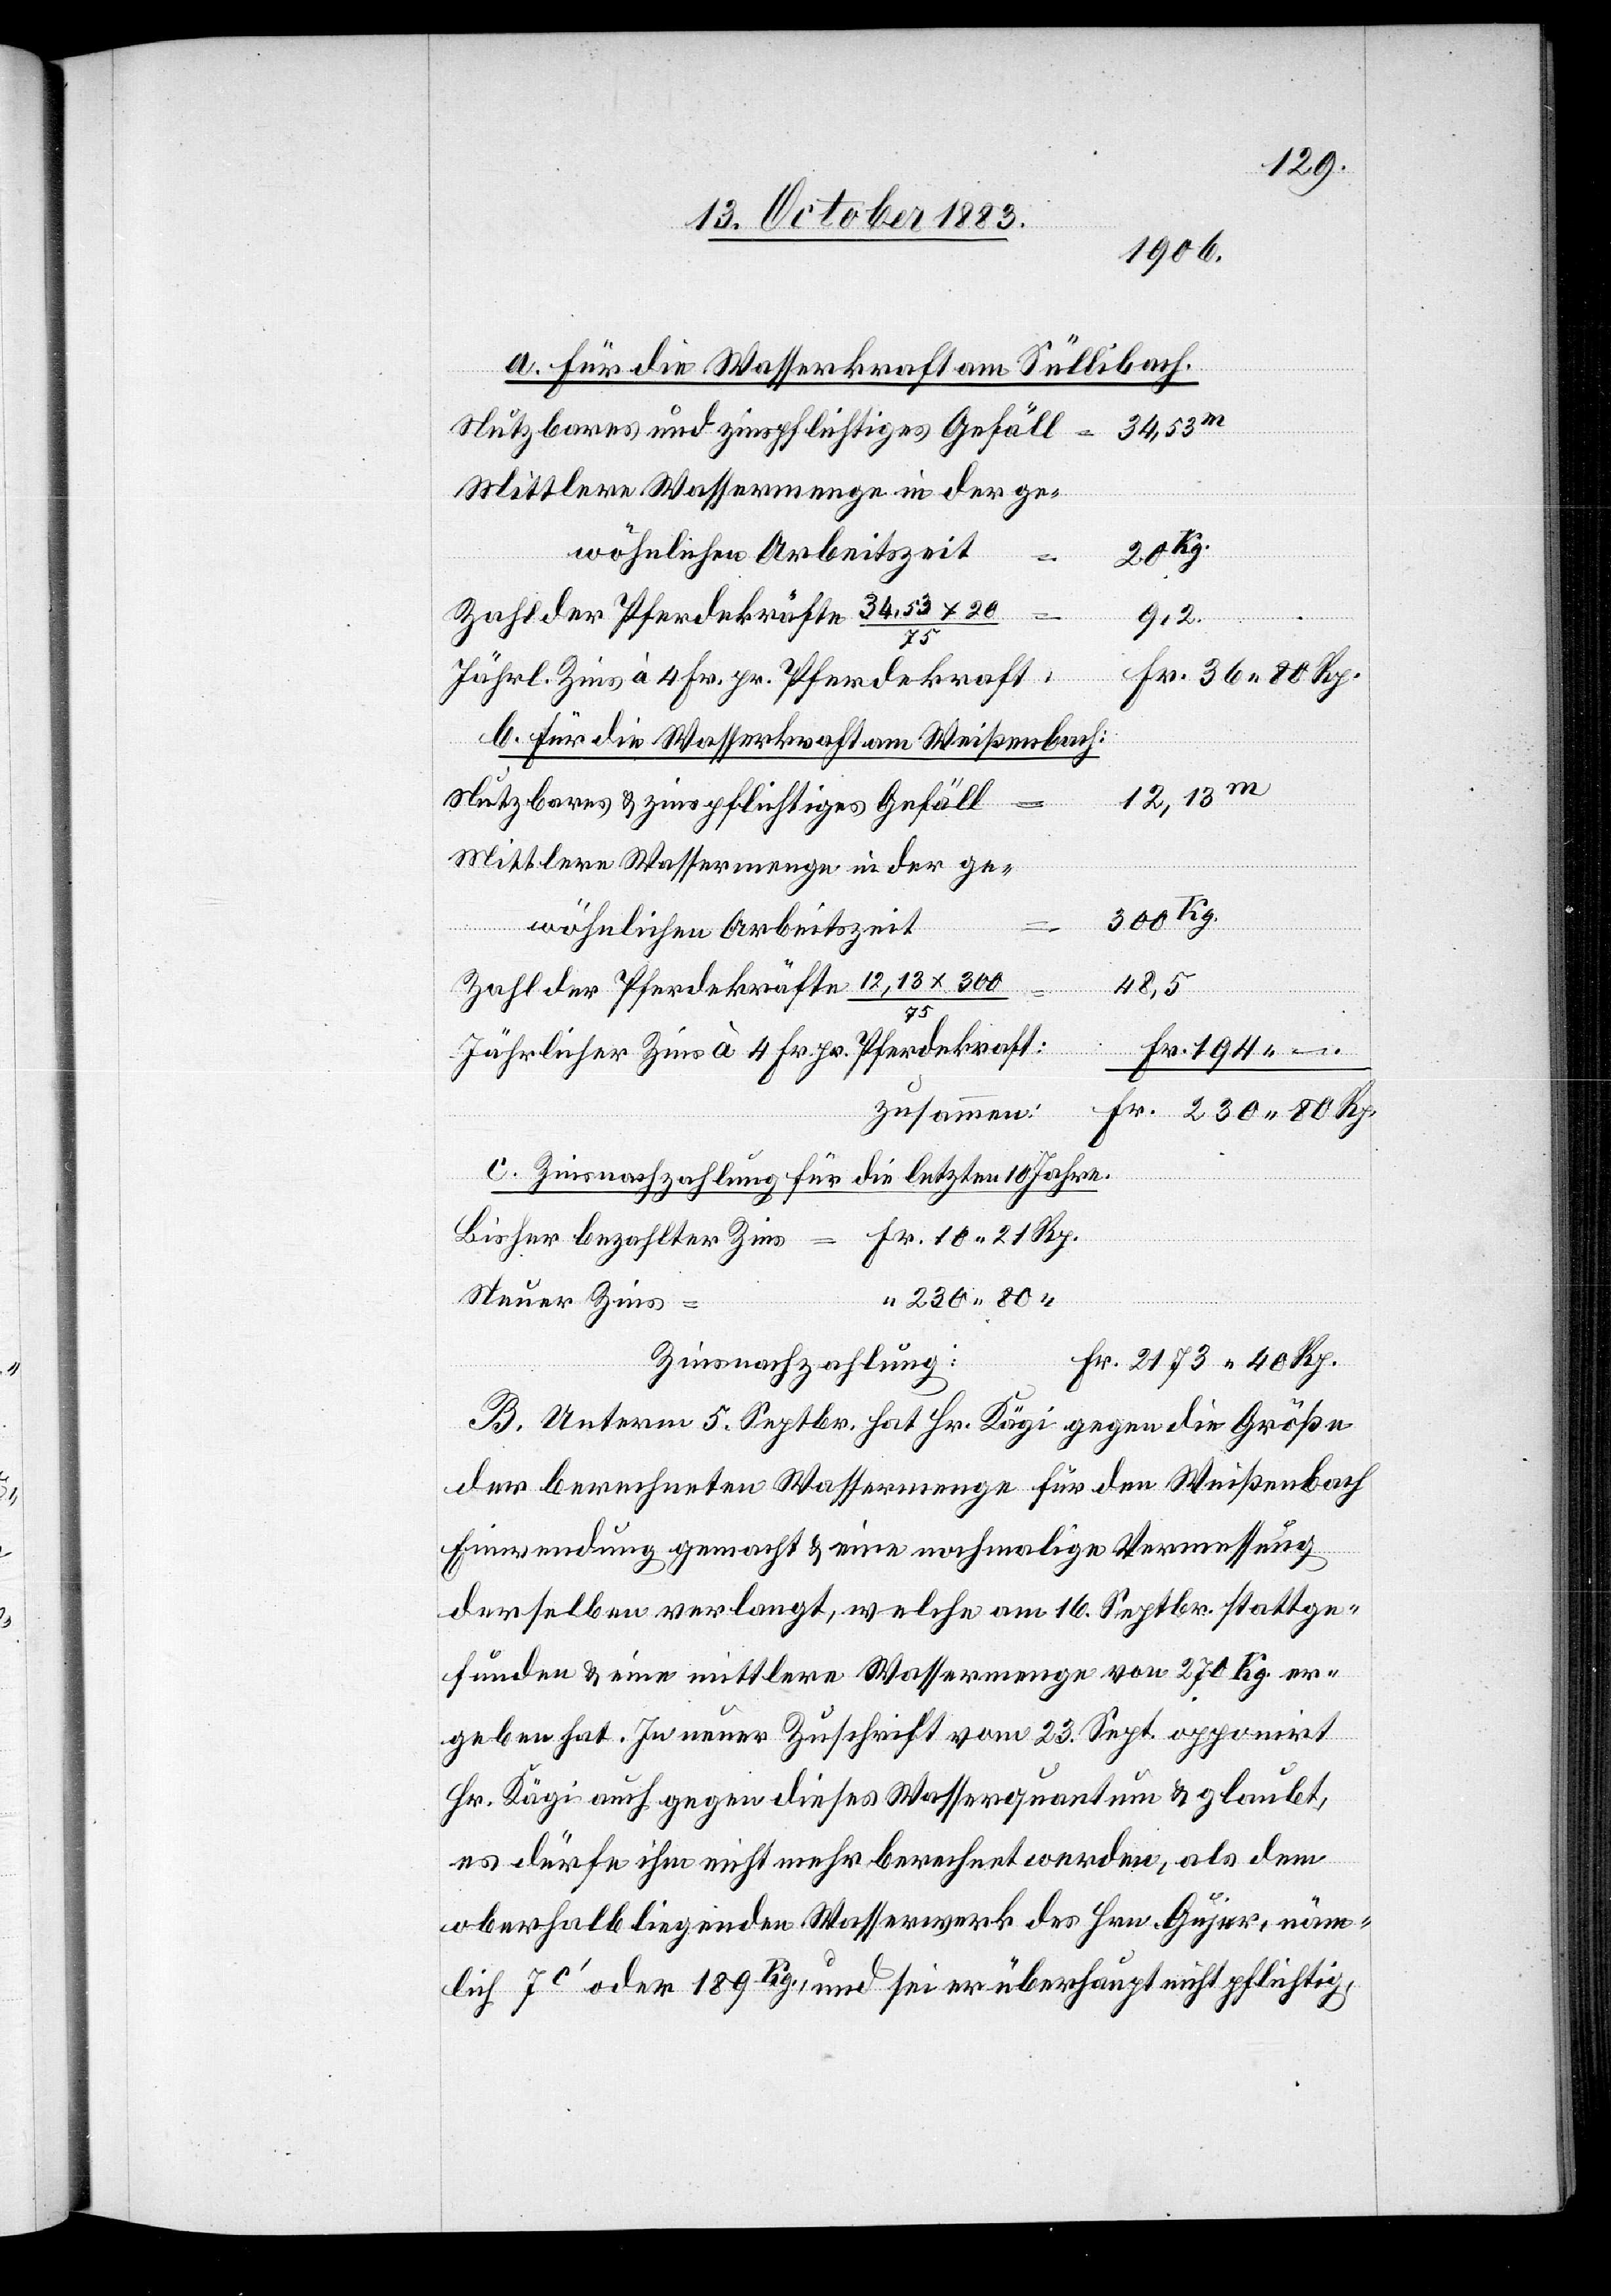
a. Für die Wasserkraft am Süllibach.
Nutzbares und zinspflichtiges Gefäll
Mittlere Wassermenge in der ge¬
bezahlter
wöhnlichen Arbeitszeit
230 80
“
Zahl der Pferdekräfte 34,53 x 20
Fr. 36 80 Rp.
Jährl. Zins à 4 Fr. pr. Pferdekraft:
b. Für die Wasserkraft am Weißenbach:
12,13m
Zins
Nutzbares & zinspflichtiges Gefäll
300 Kg.
/
“
Zahl der Pferdekräfte 12,13 x 300
48,5
Fr. 10
Jährlicher Zins à 4 Fr. pr. Pferdekraft:
Fr. 230 80 Rp.
zusammen:
c. Zinsnachzahlung für die letzten 10 Jahre.
Steuer Zins
Fr. 2173 40 Rp.
B. Unterm 5. Septbr. hat Hr. Kägi gegen die Größe
der berechneten Wassermenge für den Weißenbach
Einwendung gemacht & eine nochmalige Vermessung
derselben verlangt, welche am 16. Septbr. stattge¬
funden & eine mittlere Wassermenge von 270 Kg. er¬
geben hat. In neuer Zuschrift vom 23. Sept. opponirt
Hr. Kägi auch gegen dieses Wasserquantum & glaubt,
es dürfe ihm nicht mehr berechnet werden, als dem
oberhalb liegenden Wasserwerk des Hrn. Gujer, näm¬
lich 7c‘ oder 189 Pig., und sei er überhaupt nicht pflichtig,